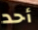
أحد